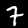
Digit: 7